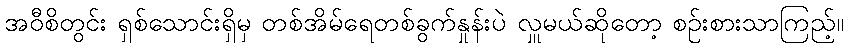
အဝီစိတွင်း ရှစ်သောင်းရှိမှ တစ်အိမ်ရေတစ်ခွက်နှုန်းပဲ လှူမယ်ဆိုတော့ စဉ်းစားသာကြည့်။